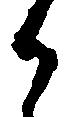
之